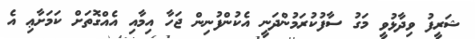
ޝަރީފު ވިދާޅުވީ މަގު ސާފުކުރަމުންދަނީ އެކުންފުނިން ޖަހާ އިމާއި އެއްގޮތަށް ކަމަށާޢި އެ